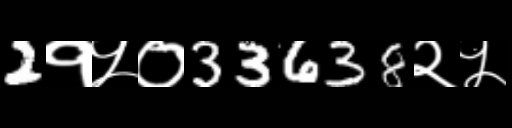
Text: 2१५०33638२५